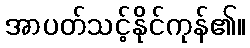
အာပတ်သင့်နိုင်ကုန်၏။